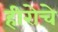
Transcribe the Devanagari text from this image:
हीरोचे